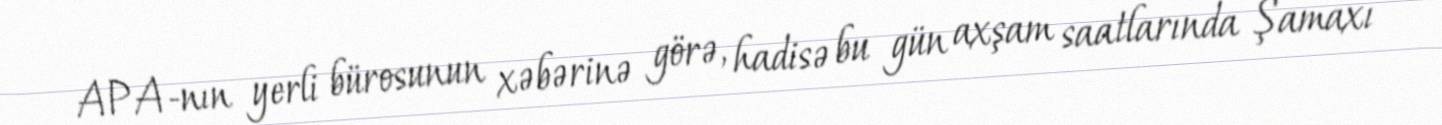
APA-nın yerli bürosunun xəbərinə görə, hadisə bu gün axşam saatlarında Şamaxı